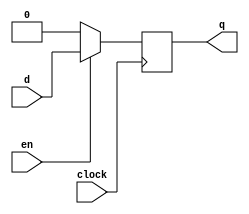
module d_ff_sync(d, en, clock, q);
	
	input d, en, clock;
	output q;
	reg q;
	
	always @ (posedge clock)
	begin
		if (!en)
			q <= 1'b0;
			
		else
			q <= d;
			
	end
	
endmodule

module reg1(clk, en, numin, numout);
	
	input clk, en;
	input [3:0] numin;
	output reg [3:0] numout;


	generate
		genvar i;
		
		for (i = 0; i < 4; i = i + 1)
		begin: dff_loop
			d_ff_sync dff(numout[i], en, clk, numin[i]);
		end

	endgenerate
endmodule